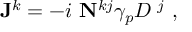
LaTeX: { \bf J } ^ { k } = - i ~ { \bf N } ^ { k j } \gamma _ { p } D { \bf \Phi } ^ { j } ~ ,